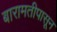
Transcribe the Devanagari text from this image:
बारामतीपासून